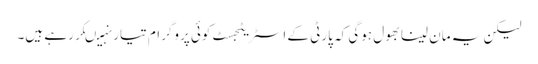
لیکن یہ مان لینا بھول ہوگی کہ پارٹی کے اسٹریٹجسٹ کوئی پروگرام تیار نہیںکررہے ہیں۔